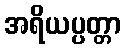
အရိယပ္ပတ္တာ